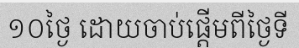
១០ថ្ងៃ ដោយចាប់ផ្តើមពីថ្ងៃទី